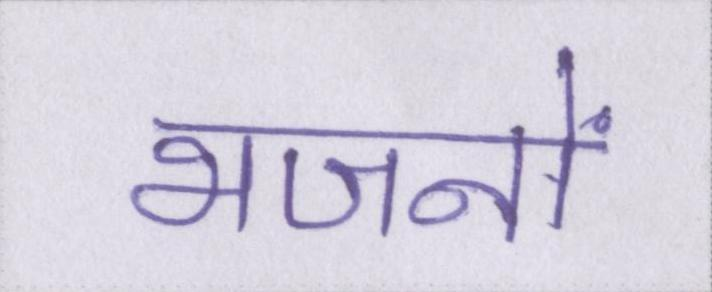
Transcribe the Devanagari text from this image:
भजनों